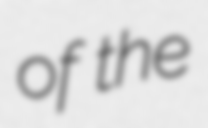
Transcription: of the